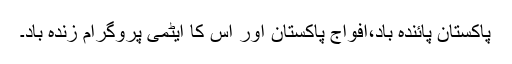
پاکستان پائندہ باد،افواج پاکستان اور اس کا ایٹمی پروگرام زندہ باد۔